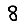
Digit: 8